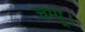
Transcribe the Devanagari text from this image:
चम्पू।